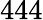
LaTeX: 444